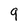
Character: 9